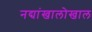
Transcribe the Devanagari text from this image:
नद्यांखालोखाल